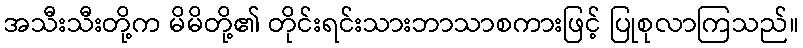
အသီးသီးတို့က မိမိတို့၏ တိုင်းရင်းသားဘာသာစကားဖြင့် ပြုစုလာကြသည်။